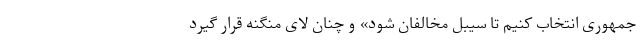
جمهوری انتخاب کنیم تا سیبل مخالفان شود» و چنان لای منگنه قرار گیرد